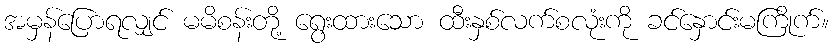
အမှန်ပြောရလျှင် မမိစန်းတို့ ရွေးထားသော ထီးနှစ်လက်စလုံးကို ခင်နှောင်းမကြိုက်။